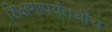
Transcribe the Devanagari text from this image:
शिक्षणापर्यंतचीच